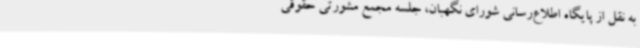
به نقل از پایگاه اطلاع‌رسانی شورای نگهبان، جلسه مجمع مشورتی حقوقی